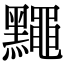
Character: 䵴